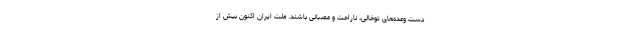
دست وعده‌های توخالی، ناراحت و عصبانی باشند. ملت ایران اکنون بیش از